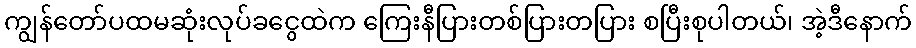
ကျွန်တော်ပထမဆုံးလုပ်ခငွေထဲက ကြေးနီပြားတစ်ပြားတပြား စပြီးစုပါတယ်၊ အဲ့ဒီနောက်